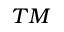
^ { T M }